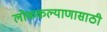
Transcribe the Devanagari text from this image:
लोककल्याणासाठी